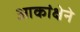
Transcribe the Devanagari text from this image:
आकांक्षेने